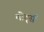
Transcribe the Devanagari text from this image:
मोर्ट्स